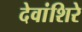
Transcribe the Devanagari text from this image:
देवांशिरे